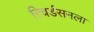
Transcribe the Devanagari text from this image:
रिचर्डसनला